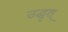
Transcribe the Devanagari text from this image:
उद्धृत्